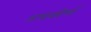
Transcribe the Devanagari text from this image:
अपाकीर्ण